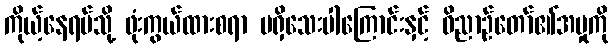
ကိုယ့်နေရပ်သို့ ဖုံးကွယ်ထားစရာ မရှိသေးပါကြောင်းနှင့် ဝိညာဉ်တော်၏အမှုကို